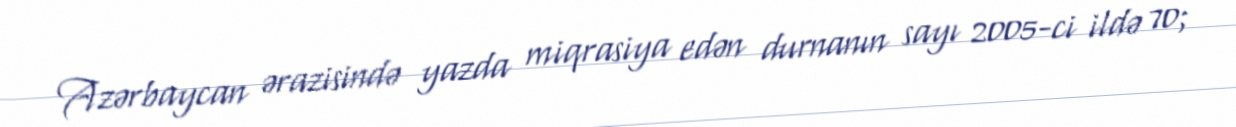
Azərbaycan ərazisində yazda miqrasiya edən durnanın sayı 2005-ci ildə 70;